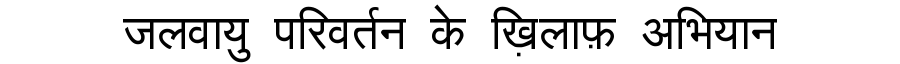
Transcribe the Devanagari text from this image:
जलवायु परिवर्तन के ख़िलाफ़ अभियान